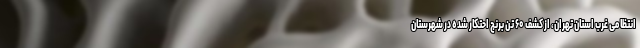
انتظامی غرب استان تهران، از کشف ۶۰ تن برنج احتکار شده در شهرستان